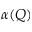
\alpha ( Q )